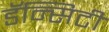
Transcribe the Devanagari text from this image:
डॅन्सिटी